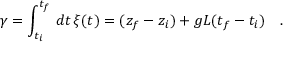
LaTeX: \gamma = \int _ { t _ { i } } ^ { t _ { f } } \, d t \, \xi ( t ) = ( z _ { f } - z _ { i } ) + g L ( t _ { f } - t _ { i } ) \ \ \ .